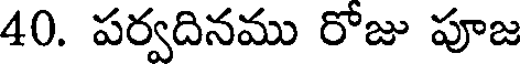
40. పర్వదినము రోజు పూజ